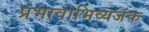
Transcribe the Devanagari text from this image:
प्रभावाभिव्यजंक